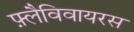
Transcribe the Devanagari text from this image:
फ़्लैविवायरस